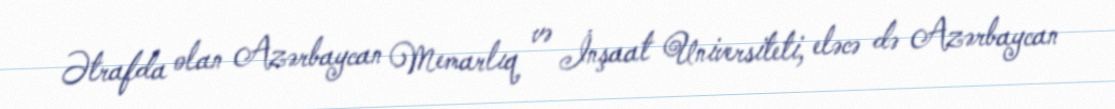
Ətrafda olan Azərbaycan Memarlıq və İnşaat Universiteti, eləcə də Azərbaycan